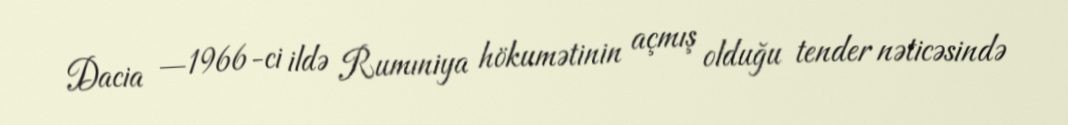
Dacia —1966-ci ildə Rumıniya hökumətinin açmış olduğu tender nəticəsində